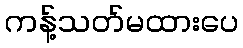
ကန့်သတ်မထားပေ